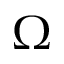
\boldsymbol { \Omega }